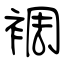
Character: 裯